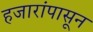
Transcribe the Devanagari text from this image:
हजारांपासून